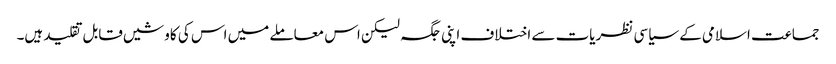
جماعت اسلامی کے سیاسی نظریات سے اختلاف اپنی جگہ لیکن اس معاملے میں اس کی کاوشیں قابل تقلید ہیں۔